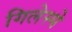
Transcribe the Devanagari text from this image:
गिलेस्पे